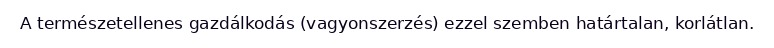
A természetellenes gazdálkodás (vagyonszerzés) ezzel szemben határtalan, korlátlan.